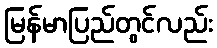
မြန်မာပြည်တွင်လည်း